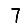
Digit: 7